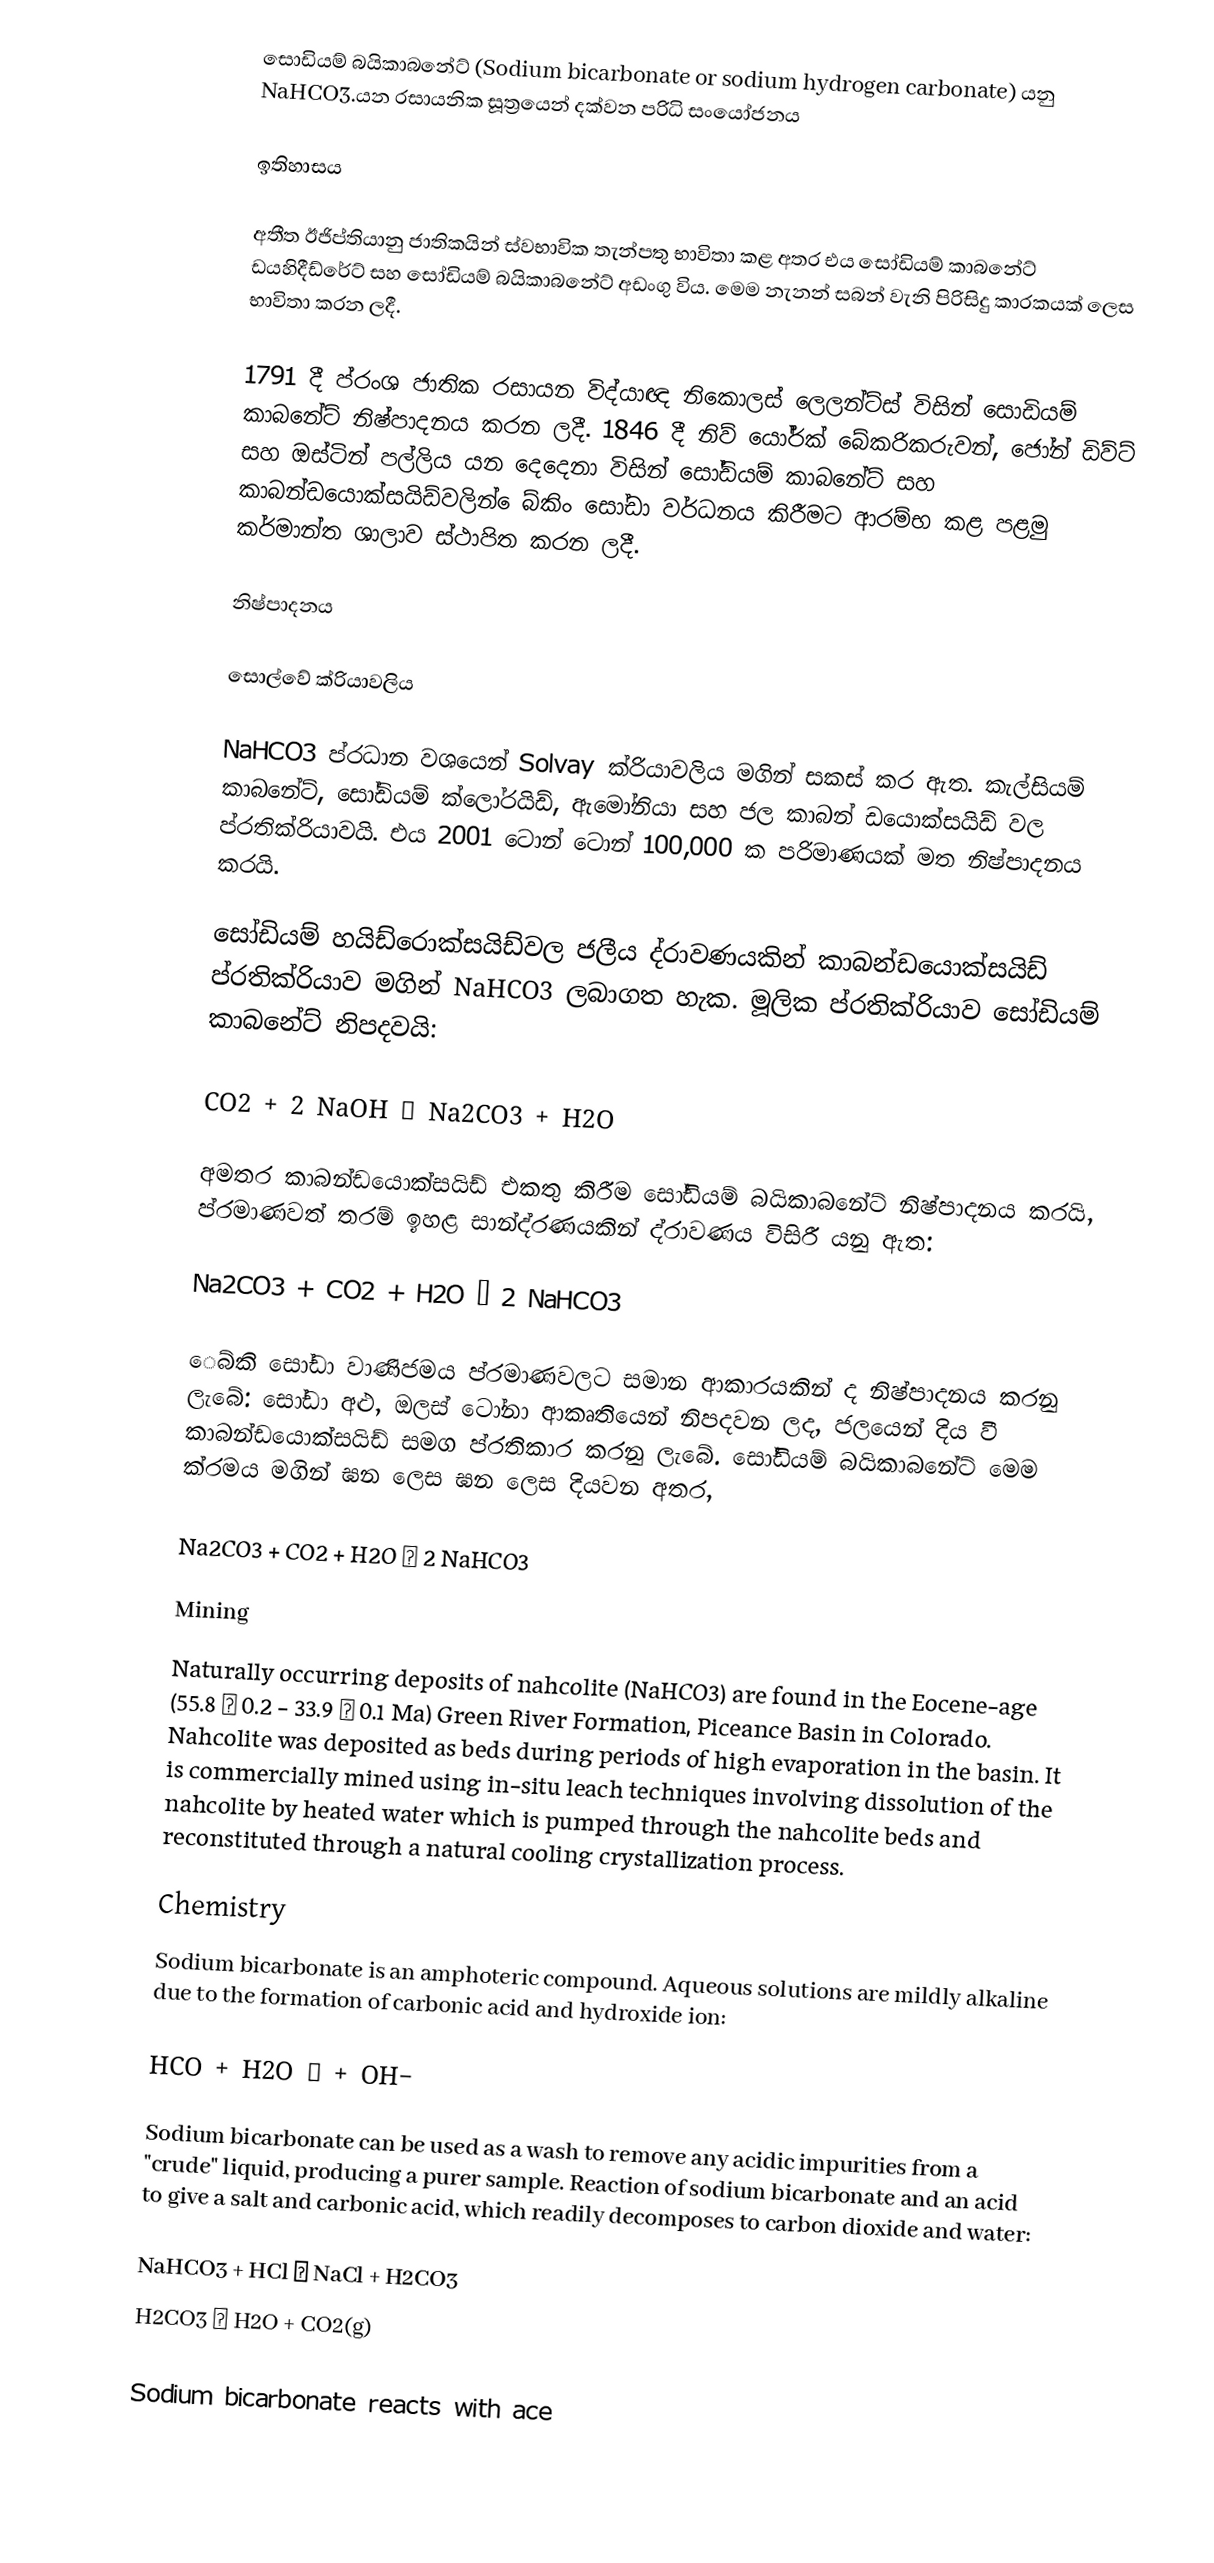
සොඩියම් බයිකාබනේට් (Sodium bicarbonate or sodium hydrogen carbonate) යනු NaHCO3.යන රසායනික සූත්‍රයෙන්  දක්වන පරිධි සංයෝජනය

ඉතිහාසය

අතීත ඊජිප්තියානු ජාතිකයින් ස්වභාවික තැන්පතු භාවිතා කළ අතර එය සෝඩියම් කාබනේට් ඩයහිදීඩ්රේට් සහ සෝඩියම් බයිකාබනේට් අඩංගු විය. මෙම නැනන් සබන් වැනි පිරිසිදු කාරකයක් ලෙස භාවිතා කරන ලදී.

1791 දී ප්රංශ ජාතික රසායන විද්යාඥ නිකොලස් ලෙලන්ට්ස් විසින් සොඩියම් කාබනේට් නිෂ්පාදනය කරන ලදී. 1846 දී නිව් යෝර්ක් බේකරිකරුවන්, ජෝන් ඩිව්ට් සහ ඔස්ටින් පල්ලිය යන දෙදෙනා විසින් සෝඩියම් කාබනේට් සහ කාබන්ඩයොක්සයිඩ්වලින් ෙබ්කිං සෝඩා වර්ධනය කිරීමට ආරම්භ කළ පළමු කර්මාන්ත ශාලාව ස්ථාපිත කරන ලදී.

නිෂ්පාදනය

සොල්වේ ක්රියාවලිය

NaHCO3 ප්රධාන වශයෙන් Solvay ක්රියාවලිය මගින් සකස් කර ඇත. කැල්සියම් කාබනේට්, සෝඩියම් ක්ලෝරයිඩ්, ඇමෝනියා සහ ජල කාබන් ඩයොක්සයිඩ් වල ප්රතික්රියාවයි. එය 2001 ටොන් ටොන් 100,000 ක පරිමාණයක් මත නිෂ්පාදනය කරයි.

සෝඩියම් හයිඩ්රොක්සයිඩ්වල ජලීය ද්රාවණයකින් කාබන්ඩයොක්සයිඩ් ප්රතික්රියාව මගින් NaHCO3 ලබාගත හැක. මූලික ප්රතික්රියාව සෝඩියම් කාබනේට් නිපදවයි:

CO2 + 2 NaOH → Na2CO3 + H2O

අමතර කාබන්ඩයොක්සයිඩ් එකතු කිරීම සෝඩියම් බයිකාබනේට් නිෂ්පාදනය කරයි, ප්රමාණවත් තරම් ඉහළ සාන්ද්රණයකින් ද්රාවණය විසිරී යනු ඇත:

Na2CO3 + CO2 + H2O → 2 NaHCO3

ෙබ්කි සෝඩා වාණිජමය ප්රමාණවලට සමාන ආකාරයකින් ද නිෂ්පාදනය කරනු ලැබේ: සෝඩා අළු, ඔලස් ටෝනා ආකෘතියෙන් නිපදවන ලද, ජලයෙන් දිය වී කාබන්ඩයොක්සයිඩ් සමග ප්රතිකාර කරනු ලැබේ. සෝඩියම් බයිකාබනේට් මෙම ක්රමය මගින් ඝන ලෙස ඝන ලෙස දියවන අතර,

Na2CO3 + CO2 + H2O → 2 NaHCO3

Mining
Naturally occurring deposits of nahcolite (NaHCO3) are found in the Eocene-age (55.8 ± 0.2 - 33.9 ± 0.1 Ma) Green River Formation, Piceance Basin in Colorado. Nahcolite was deposited as beds during periods of high evaporation in the basin. It is commercially mined using in-situ leach techniques involving dissolution of the nahcolite by heated water which is pumped through the nahcolite beds and reconstituted through a natural cooling crystallization process.

Chemistry
Sodium bicarbonate is an amphoteric compound. Aqueous solutions are mildly alkaline due to the formation of carbonic acid and hydroxide ion:

HCO +  H2O   →   + OH−

Sodium bicarbonate can be used as a wash to remove any acidic impurities from a "crude" liquid, producing a purer sample. Reaction of sodium bicarbonate and an acid to give a salt and carbonic acid, which readily decomposes to carbon dioxide and water:

NaHCO3 + HCl → NaCl + H2CO3
H2CO3 → H2O + CO2(g)

Sodium bicarbonate reacts with ace